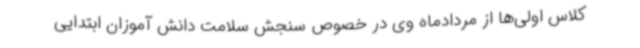
کلاس اولی‌ها از مردادماه وی در خصوص سنجش سلامت دانش آموزان ابتدایی